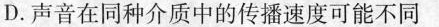
D.声音在同种介质中的传播速度可能不同